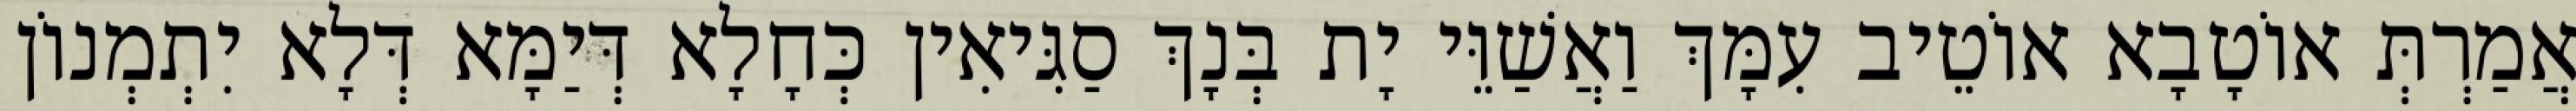
אֲמַרְתְּ אוֹטָבָא אוֹטֵיב עִמָּךְ וַאֲשַׁוֵּי יָת בְּנָךְ סַגִּיאִין כְּחָלָא דְּיַמָּא דְּלָא יִתְמְנוֹן